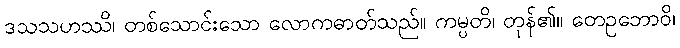
ဒသသဟဿိ၊ တစ်သောင်းသော လောကဓာတ်သည်။ ကမ္ပတိ၊ တုန်၏။ တေဥဘောဝိ၊